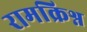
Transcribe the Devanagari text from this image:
रामक्रिश्न